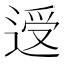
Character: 𰻃